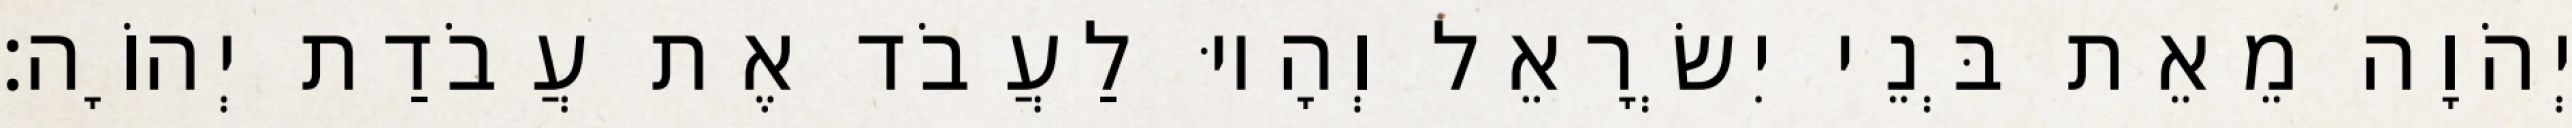
יְהֹוָה מֵאֵת בְּנֵי יִשְׂרָאֵל וְהָיוּ לַעֲבֹד אֶת עֲבֹדַת יְהוָֹה׃